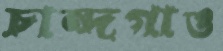
চান্দগাও